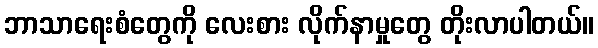
ဘာသာရေးစံတွေကို လေးစား လိုက်နာမှုတွေ တိုးလာပါတယ်။